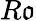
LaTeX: R\mathfrak{o}